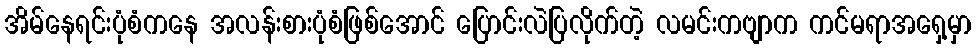
အိမ်နေရင်းပုံစံကနေ အလန်းစားပုံစံဖြစ်အောင် ပြောင်းလဲပြလိုက်တဲ့ လမင်းကဗျာက ကင်မရာအရှေ့မှာ